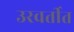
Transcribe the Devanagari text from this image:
उरवर्तीत